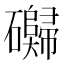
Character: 𰧬